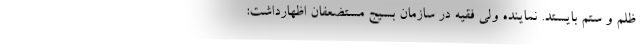
ظلم و ستم بایستد. نماینده ولی فقیه در سازمان بسیج مستضعفان اظهارداشت: